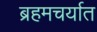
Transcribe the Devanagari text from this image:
ब्रहमचर्यात